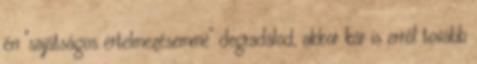
én "sajátságos értelmezésemmé" degradálod, akkor kár is erről tovább